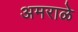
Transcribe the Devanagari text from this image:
अमराळे